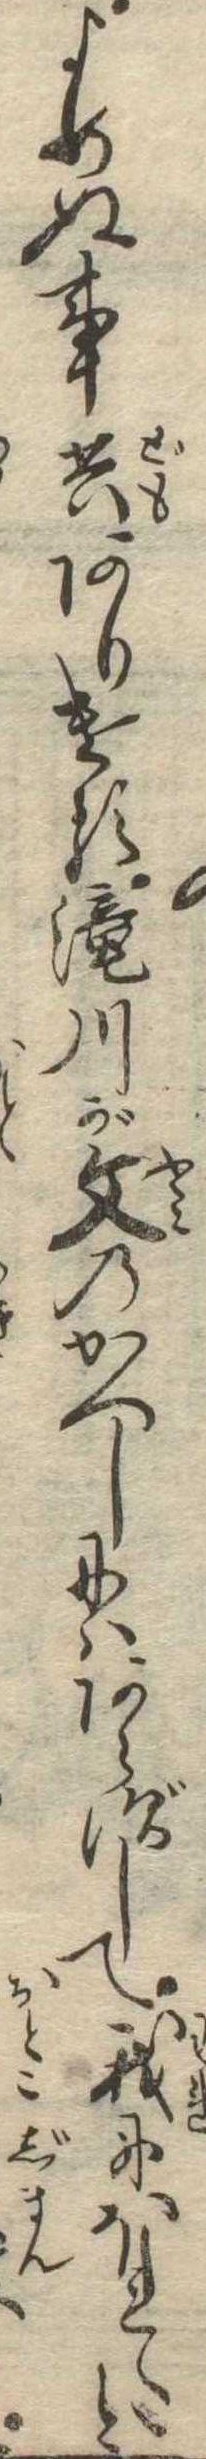
よめぬ事共ありける滝川が文のかへしにはあらずして我にほれたと